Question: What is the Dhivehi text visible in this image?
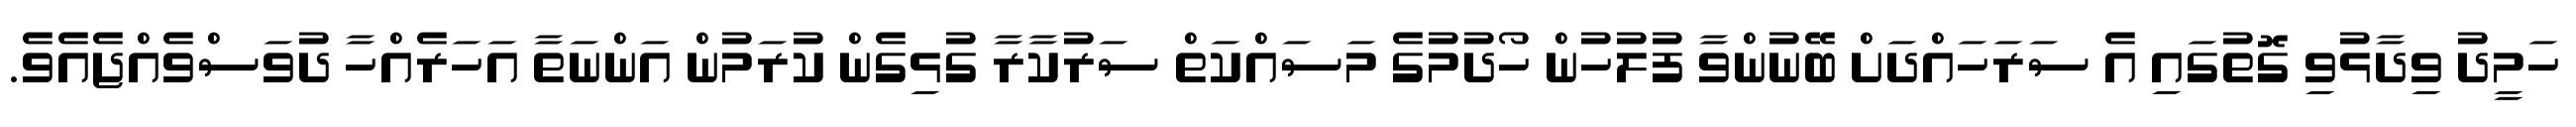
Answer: ހަމީދު ވިދާޅުވި ގޮތުގައި އެ ސަރަހައްދަށް ބޭނުންވާ ފުލުހުން ހޯދުމުގެ މަސައްކަތް ސަރުކާރާ ގުޅިގެން ކުރަމުން އަންނަތާ އަހަރެއްހާ ދުވަސްވެއްޖެއެވެ.